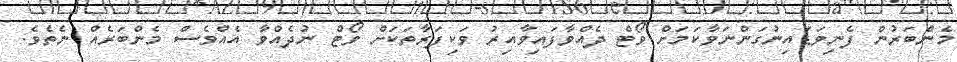
މެންބަރުން ފެނިވަޑައިނުގަންނަވާކަމަށް ވޯޓް ދެއްވާފައިވާއިރު ވަކިފަރާތަކަށް ވޯޓް ނުދެއްވާ އެއްވެސް މެންބަރެއް ނެތެވެ.